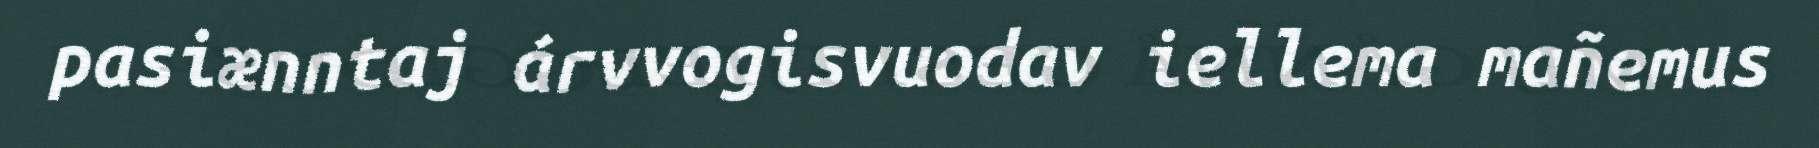
pasiænntaj árvvogisvuodav iellema mañemus